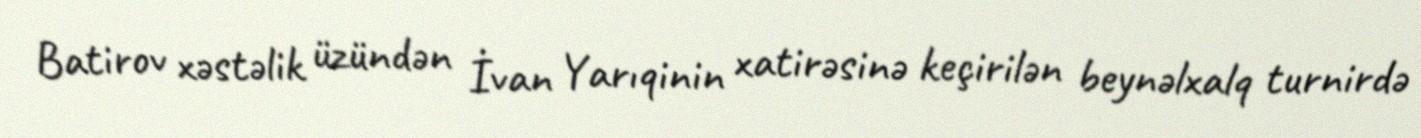
Batirov xəstəlik üzündən İvan Yarıqinin xatirəsinə keçirilən beynəlxalq turnirdə